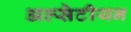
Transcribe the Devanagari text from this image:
अल्सेटीयन